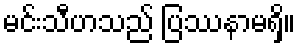
မင်းသီဟသည် ပြဿနာမရှိ။